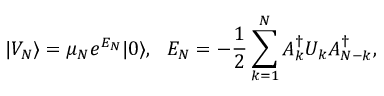
| V _ { N } \rangle = \mu _ { N } e ^ { E _ { N } } | 0 \rangle , \ \ E _ { N } = - { \frac { 1 } { 2 } } \sum _ { k = 1 } ^ { N } A _ { k } ^ { \dagger } U _ { k } A _ { N - k } ^ { \dagger } ,